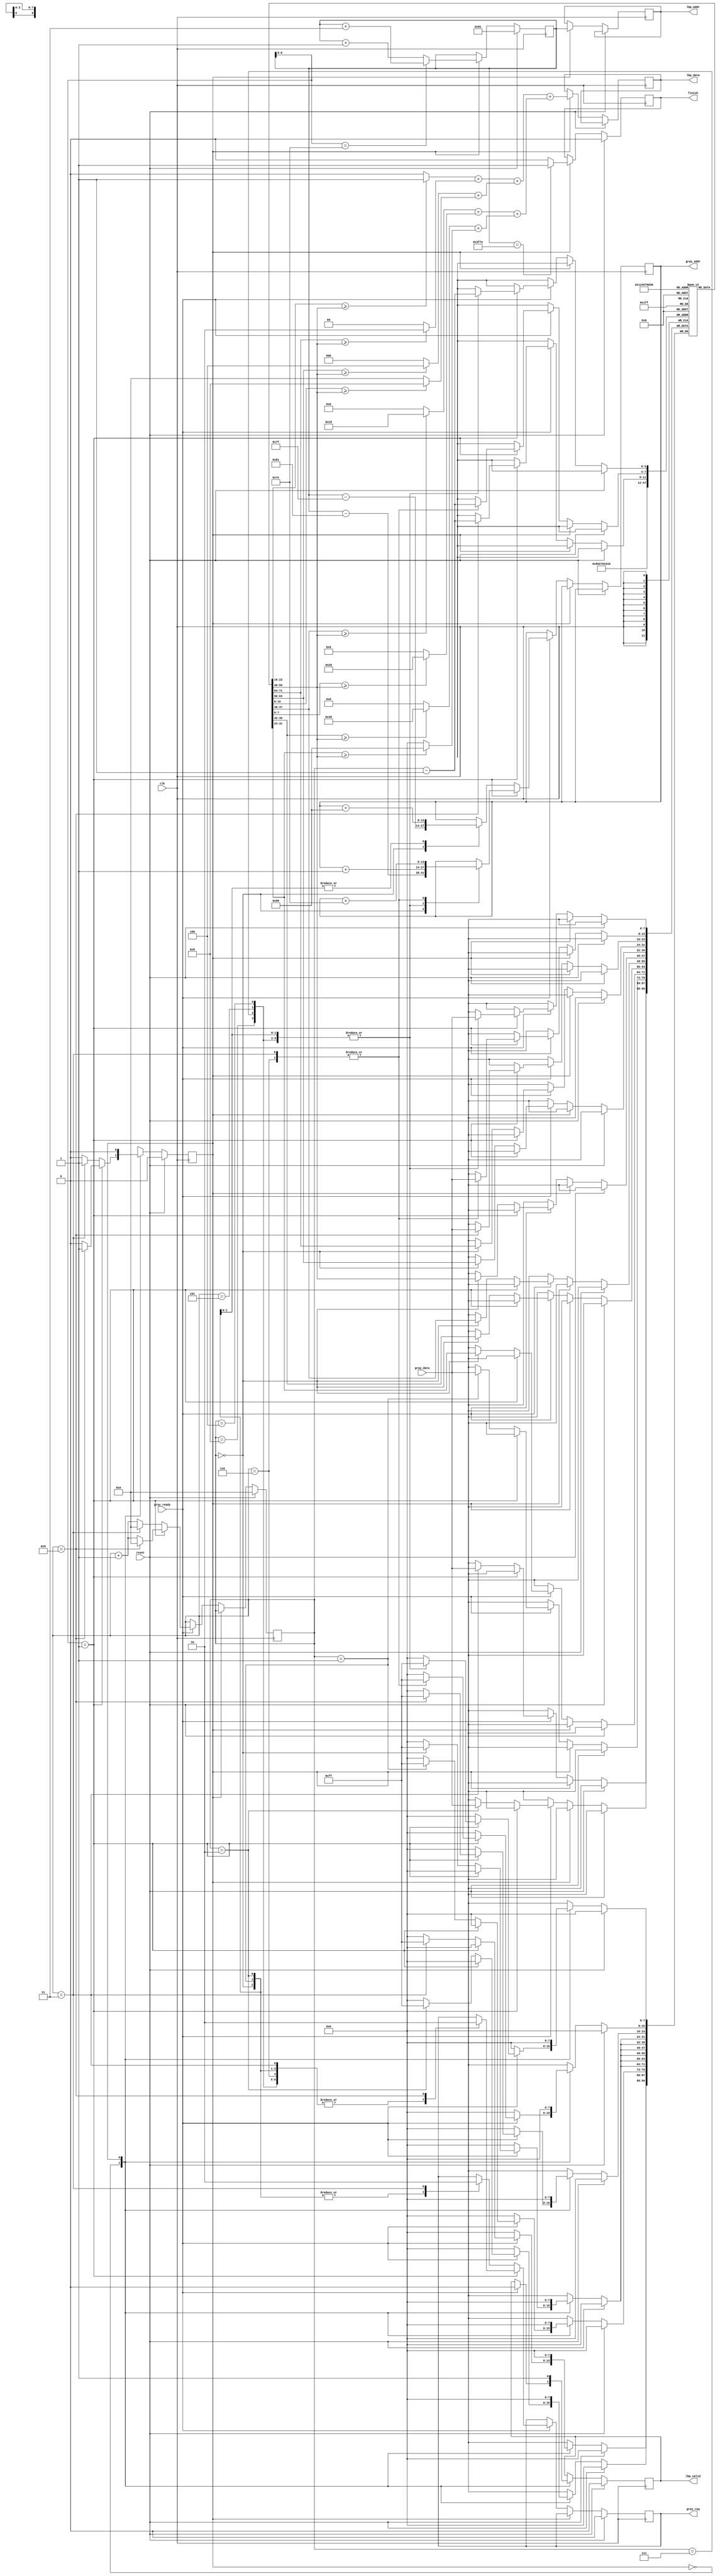

`timescale 1ns/10ps
module LBP ( clk, reset, gray_addr, gray_req, gray_ready, gray_data, lbp_addr, lbp_valid, lbp_data, finish);
input  clk;
input  reset;
input  gray_ready;
input  [7:0] gray_data;

output reg [13:0] gray_addr;
output reg gray_req;
output reg [13:0] lbp_addr;
output reg lbp_valid;
output reg [7:0] lbp_data;
output reg finish;
//====================================================================

reg curr_state, next_state;
reg [3:0] counter;
reg [7:0] buffer [0:8];
reg [13:0] curr_addr;

parameter LOAD = 0;
parameter OUTPUT = 1;

always @(posedge clk) begin
    if(reset) begin
        curr_addr <= 14'd129;
        counter <= 4'd0;
        gray_req <= 0;
        lbp_valid <= 0;
        finish <= 0;
        curr_state <= LOAD;
    end
    else begin
        curr_state <= next_state;
        case (curr_state)
            LOAD: begin
                if(gray_ready) begin
                    lbp_valid <= 0;
                    if(curr_addr[6:0] == 7'd1) begin
                        case(counter) 
                            4'd0: begin
                                gray_addr <= curr_addr - 14'd129;
                                gray_req <= 1;
                            end
                            4'd1, 4'd2, 4'd4, 4'd5, 4'd7, 4'd8: begin
                                gray_addr <= gray_addr + 14'd1;
                                gray_req <= 1;
                                buffer[counter-1] <= gray_data;
                            end
                            4'd3, 4'd6: begin
                                gray_addr <= gray_addr + 14'd126;
                                gray_req <= 1;
                                buffer[counter-1] <= gray_data;
                            end
                            4'd9: begin
                                gray_req <= 0;
                                buffer[counter-1] <= gray_data;
                            end        
                        endcase
                        counter <= (counter == 9) ? 0 : counter + 1;
                    end
                    else begin
                        case(counter) 
                            4'd0: begin
                                buffer[0] <= buffer[1];
                                buffer[1] <= buffer[2];
                                buffer[3] <= buffer[4];
                                buffer[4] <= buffer[5];
                                buffer[6] <= buffer[7];
                                buffer[7] <= buffer[8];

                                gray_addr <= curr_addr - 14'd127;
                                gray_req <= 1;
                            end
                            4'd1: begin
                                buffer[2] <= gray_data;
                                gray_addr <= gray_addr + 14'd128;
                                gray_req <= 1;
                            end
                            4'd2: begin
                                buffer[5] <= gray_data;
                                gray_addr <= gray_addr + 14'd128;
                                gray_req <= 1;
                            end
                            4'd3: begin
                                buffer[8] <= gray_data;
                                gray_req <= 0;
                            end   
                        endcase
                        counter <= (counter == 3) ? 0 : counter + 1;     
                    end
                end
            end  
            OUTPUT: begin
                lbp_data <= ((((buffer[0] >= buffer[4]) ? 1 : 0) + ((buffer[1] >= buffer[4]) ? 2 : 0)) + (((buffer[2] >= buffer[4]) ? 4 : 0) + ((buffer[3] >= buffer[4]) ? 8 : 0))) +
                             ((((buffer[5] >= buffer[4]) ? 16 : 0) + ((buffer[6] >= buffer[4]) ? 32 : 0)) + (((buffer[7] >= buffer[4]) ? 64 : 0) + ((buffer[8] >= buffer[4]) ? 128 : 0)));
                lbp_addr <= curr_addr;
                lbp_valid <= 1;
                finish <= (curr_addr == 14'd16254) ? 1 : 0;
                curr_addr <= (curr_addr[6:0] == 7'd126) ? curr_addr + 3 : curr_addr + 1;
            end
        endcase
    end
end

always @(*) begin
    case (curr_state)
        LOAD: 
            if(curr_addr[6:0] == 7'd1)
                next_state = (counter == 9) ? OUTPUT : LOAD;
            else
                next_state = (counter == 3) ? OUTPUT : LOAD;
        OUTPUT: 
            next_state = LOAD;
    endcase
end




//====================================================================
endmodule